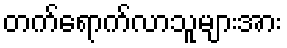
တက်ရောက်လာသူများအား